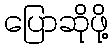
ပြောဆိုဖို့